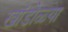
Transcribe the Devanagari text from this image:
खांडोळ्या